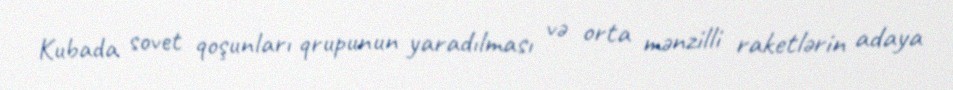
Kubada sovet qoşunları qrupunun yaradılması və orta mənzilli raketlərin adaya